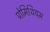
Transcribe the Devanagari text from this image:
प्रोमिथियम